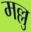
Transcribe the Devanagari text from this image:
मल्लु